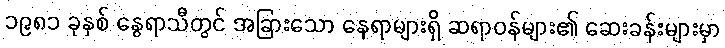
၁၉၈၁ ခုနှစ် နွေရာသီတွင် အခြားသော နေရာများရှိ ဆရာဝန်များ၏ ဆေးခန်းများမှာ